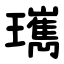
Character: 㼇